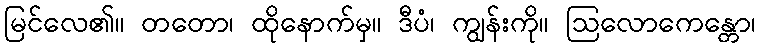
မြင်လေ၏။ တတော၊ ထိုနောက်မှ။ ဒီပံ၊ ကျွန်းကို။ ဩလောကေန္တော၊